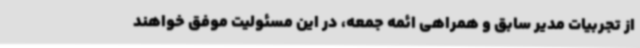
از تجربیات مدیر سابق و همراهی ائمه جمعه، در این مسئولیت موفق خواهند